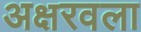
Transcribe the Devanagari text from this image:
अक्षरवला